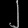
Digit: ၂